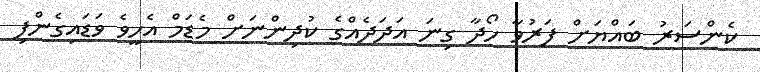
ކެންސަރު ބައްޔަށް ފަރުވާ ހޯދާ ގިނަ އަދަދެއްގެ ކުދިންނަށް މެޑަމް އެހީވެ ވަޑައިގެންފި